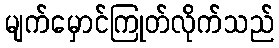
မျက်မှောင်ကြုတ်လိုက်သည်